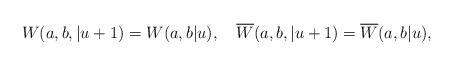
LaTeX: \begin{align*}W(a,b,|u+1)=W(a,b|u),\quad \overline{W}(a,b,|u+1)=\overline{W}(a,b|u), \end{align*}